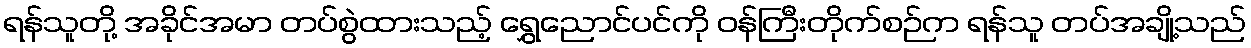
ရန်သူတို့ အခိုင်အမာ တပ်စွဲထားသည့် ရွှေညောင်ပင်ကို ဝန်ကြီးတိုက်စဉ်က ရန်သူ တပ်အချို့သည်